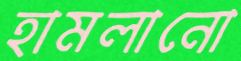
হামলানো